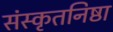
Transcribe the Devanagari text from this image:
संस्कृतनिष्ठा